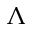
\Lambda